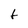
Character: t